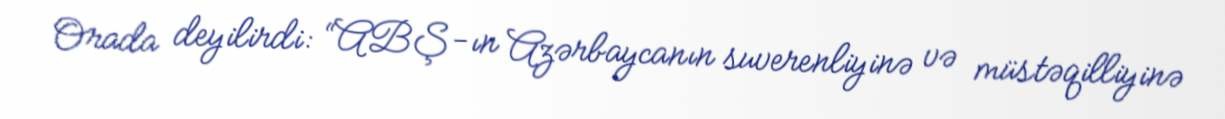
Orada deyilirdi: “ABŞ-ın Azərbaycanın suverenliyinə və müstəqilliyinə